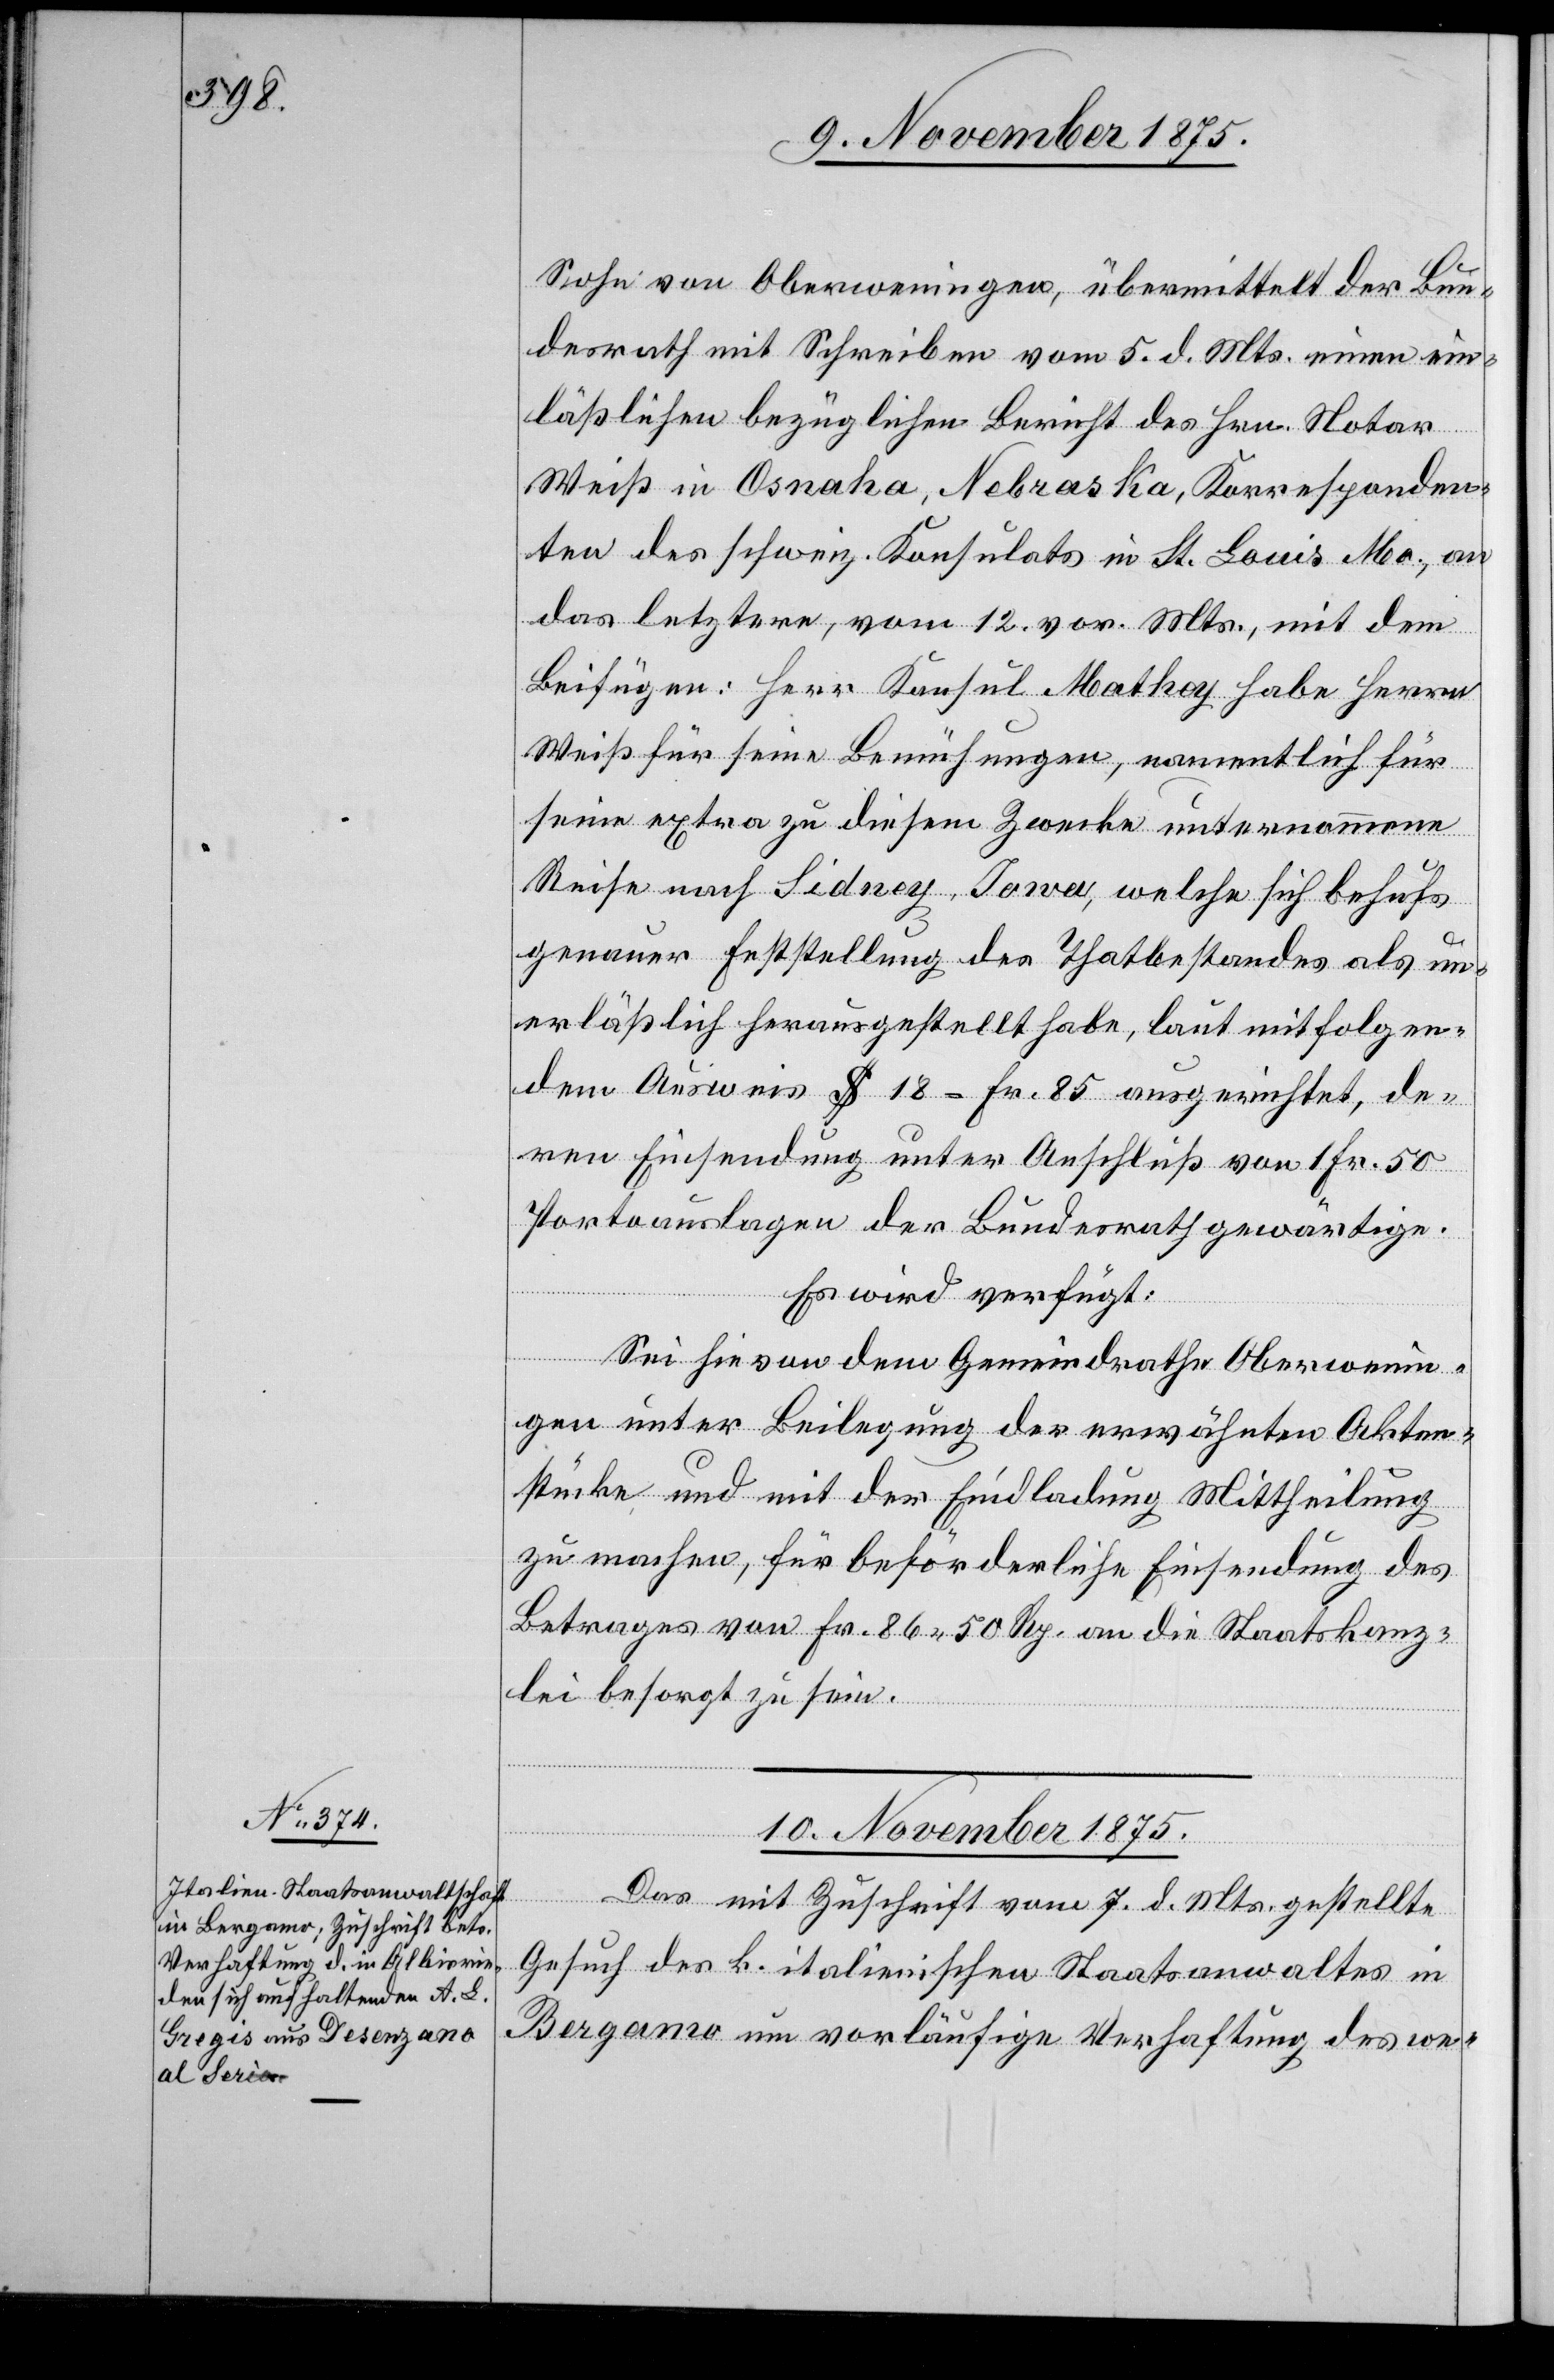
Sohn von Oberweningen, übermittelt der Bun¬
desrath mit Schreiben vom 5. d. Mts. einen ein¬
läßlichen bezüglichen Bericht des Hrn. Notar
Weiß in Osnaha, Nebraska, Korresponden¬
ten des schweiz. Konsulats in St. Louis Ma., an
das letztere, vom 12. vor. Mts., mit dem
Beifügen: Herr Konsul Mathey habe Herrn
Weiß für seine Bemühungen, namentlich für
seine extra zu diesem Zwecke unternommene
Reise nach Sidney, Iowa, welche sich behufs
genauer Feststellung des Thatbestandes als un¬
erläßlich herausgestellt habe, laut mitfolgen¬
dem Ausweis $ 18 = Fr. 85 ausgerichtet, de¬
ren Einsendung unter Anschluß von 1 Fr. 50
Portoauslagen der Bundesrath gewärtige.
Es wird verfügt:
Sei hievon dem Gemeindrathe Oberwenin¬
gen unter Beilegung der erwähnten Akten¬
stücke und mit der Eindladung [sic!] Mittheilung
zu machen, für beförderliche Einsendung des
Betrages von Fr. 86 50 Rp. an die Staatskanz¬
lei besorgt zu sein.
10. November 1875.
Das mit Zuschrift vom 7. d. Mts. gestellte
Gesuch des k. italienischen Staatsanwaltes in
Bergamo um vorläufige Verhaftung des we-